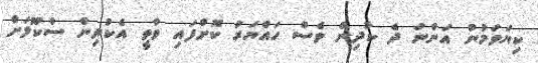
ކިޔަވަމުން އަންނަ ދެ ކުދިން ވެސް ހައްޔަރު ކޮށްފައި ވާތީ އެކުދިން ސްކޫލަށް